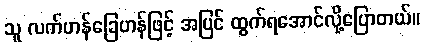
သူ လက်ဟန်ခြေဟန်ဖြင့် အပြင် ထွက်ရအောင်လို့ပြောတယ်။